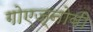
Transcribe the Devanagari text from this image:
गोएज्नोवी